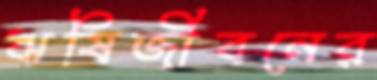
ঋষিজীবনের